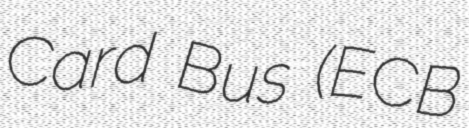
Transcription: Card Bus (ECB